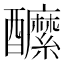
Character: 醿